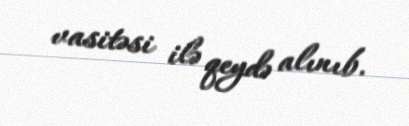
vasitəsi ilə qeydə alınıb.